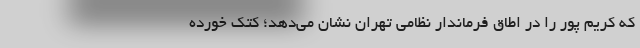
که کریم پور را در اطاق فرماندار نظامی تهران نشان می‌دهد؛ کتک خورده